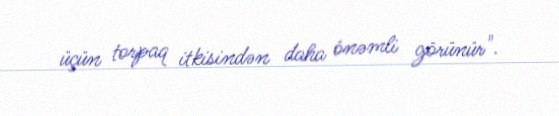
üçün torpaq itkisindən daha önəmli görünür".